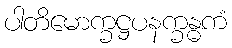
ပါတိမောက္ခဋ္ဌပနက္ခန္ဓကံ